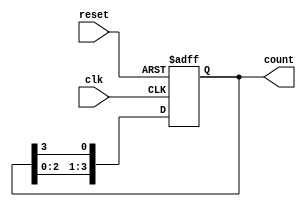
// 4-Bit Ring Counter
// Created by Nitheesh Kumar - Aug 03 2020

module ring_counter(
	input clk, // Clock Signal
	input reset, // Reset Signal
	output reg [3:0] count); // Counter Output

always @(posedge clk or posedge reset) begin
if(reset) //when Reset is high 
count = 4'b0001;  //The Count value is reset to "0001". 
else count = {count[2:0],count[3]}; //Left shift the Count value.  
end 
    
endmodule